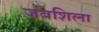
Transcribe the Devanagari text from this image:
जबशिला